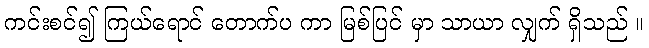
ကင်းစင်၍ ကြယ်ရောင် တောက်ပ ကာ မြစ်ပြင် မှာ သာယာ လျှက် ရှိသည် ။